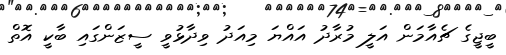
ބީޖީގެ ޗެއާމަން އަލީ މުރާދު އައްޔަ މިއަދު ވިދާޅުވީ ސީޒަންގައި ބާކީ އޮތް